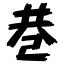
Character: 巷